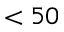
< 5 0